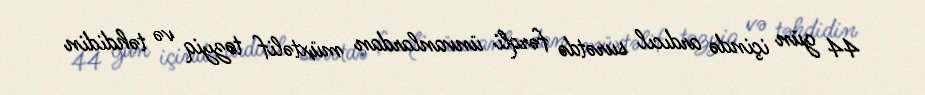
44 gün içində ardıcıl surətdə fərqli ünvanlardan müxtəlif təzyiq və təhdidin